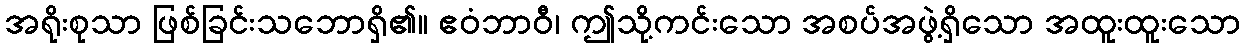
အရိုးစုသာ ဖြစ်ခြင်းသဘောရှိ၏။ ဧဝံဘာဝီ၊ ဤသို့ကင်းသော အစပ်အဖွဲ့ရှိသော အထူးထူးသော